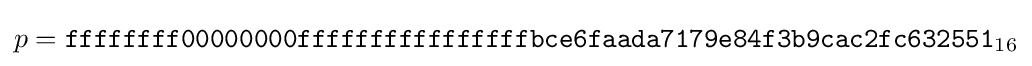
p={\mathtt {ffffffff00000000ffffffffffffffffbce6faada7179e84f3b9cac2fc632551}}_{16}